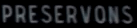
PRESERVONS